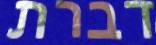
דברת